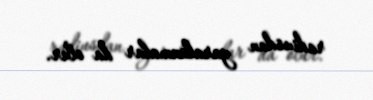
radiusdan yaralanmalar da olur.